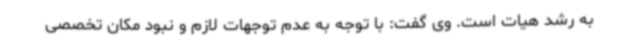
به رشد هیات است. وی گفت: با توجه به عدم توجهات لازم و نبود مکان تخصصی